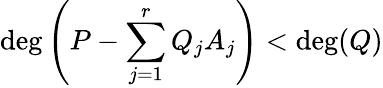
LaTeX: \deg\left(P-\sum_{j=1}^{r}Q_{j}A_{j}\right)<\deg(Q)